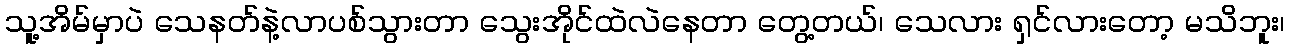
သူ့အိမ်မှာပဲ သေနတ်နဲ့လာပစ်သွားတာ သွေးအိုင်ထဲလဲနေတာ တွေ့တယ်၊ သေလား ရှင်လားတော့ မသိဘူး၊